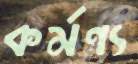
কর্মণ্য